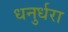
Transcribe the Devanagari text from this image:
धनुर्धरा